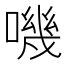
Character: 嘰